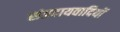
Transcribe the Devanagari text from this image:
संप्रदायवादियों